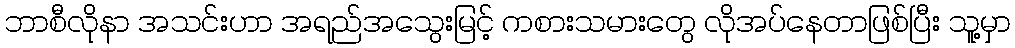
ဘာစီလိုနာ အသင်းဟာ အရည်အသွေးမြင့် ကစားသမားတွေ လိုအပ်နေတာဖြစ်ပြီး သူ့မှာ